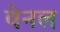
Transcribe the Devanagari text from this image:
वेनल